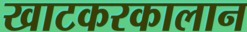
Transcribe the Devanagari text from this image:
खाटकरकालान